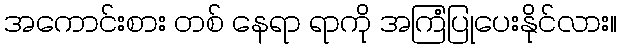
အကောင်းစား တစ် နေရာ ရာကို အကြံပြုပေးနိုင်လား။